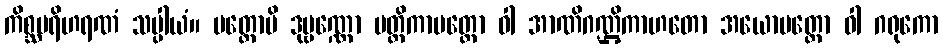
ကိစ္ဆပရိဟရဏံ သပ္ပါယံ။ ပတ္တောပိ ဒုဗ္ဗဏ္ဏော မတ္တိကာပတ္တော ဝါ အာဏိဂဏ္ဌိကာဟတော အယောပတ္တော ဝါ ဂရုကော